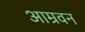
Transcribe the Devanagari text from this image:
आम्रवन